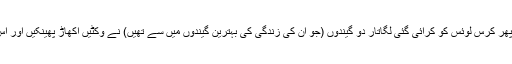
وسیم کی جانب سے ایلن لیمب اور پھر کرس لوئس کو کرائی گئی لگاتار دو گیندوں (جو ان کی زندگی کی بہترین گیندوں میں سے تھیں) نے وکٹیں اکھاڑ پھینکیں اور اس کے بعد انگلش ٹیم سنبھل نہ پائی۔